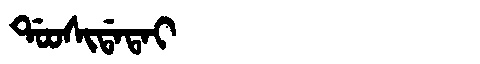
Manchu: ᡩᠣᠣᠰᡳᡩᠠᡨᠠᡳ
Romanization: DOOSIDATAI